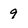
Character: 9